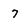
Character: 7